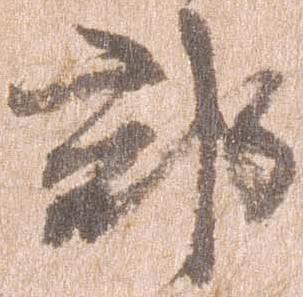
郡